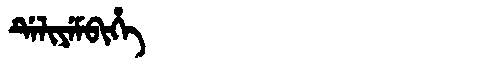
Manchu: ᡩᡝᠯᡳᠶᡝᠮᠪᡳᡥᡝ
Romanization: DELIYEMBIHE